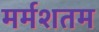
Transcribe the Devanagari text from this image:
मर्मशतम